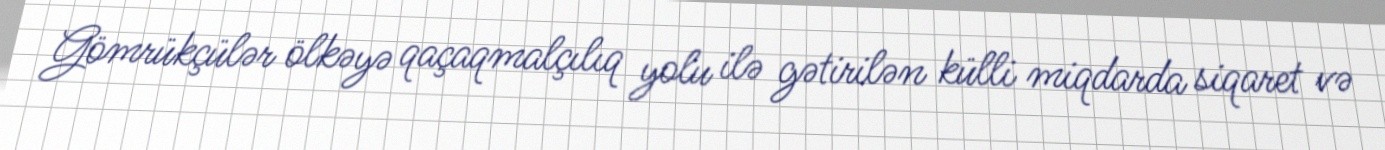
Gömrükçülər ölkəyə qaçaqmalçılıq yolu ilə gətirilən külli miqdarda siqaret və